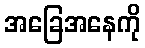
အခြေအနေကို